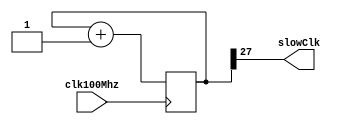
/* Example 1 */
module simpleDivider(clk100Mhz, slowClk);
  input clk100Mhz; //fast clock
  output slowClk; //slow clock

  reg[27:0] counter;
  assign slowClk= counter[27];  //(2^27 / 100E6) = 1.34seconds

  initial begin
    counter = 0;
  end

  always @ (posedge clk100Mhz)
  begin
    counter <= counter + 1; //increment the counter every 10ns (1/100 Mhz) cycle.
  end

endmodule

///////////////////////////////////////////////////////////////////////////////
///////////////////////////////////////////////////////////////////////////////
///////////////////////////////////////////////////////////////////////////////
///////////////////////////////////////////////////////////////////////////////
///////////////////////////////////////////////////////////////////////////////

/* Example 2 */
module complexDivider(clk100Mhz, timeDelay, slowClk);
  input clk100Mhz; //fast clock
  input[27:0] timeDelay;
  
  output reg slowClk; //slow clock

  reg[27:0] counter;

  initial begin
    counter = 0;
    slowClk = 0;
  end

  always @ (posedge clk100Mhz)
  begin
    if(counter == timeDelay) begin
      counter <= 1;
      slowClk <= ~slowClk;
    end
    else begin
      counter <= counter + 1;
    end
  end

endmodule